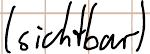
(sichtbar)